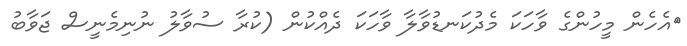
އެހެން މީހުންގެ ވާހަކަ މެދުކަނޑުވާލާ ވާހަކަ ދެއްކުން (ކުރާ ސުވާލު ނުނިމެނީސް ޖަވާބު